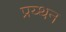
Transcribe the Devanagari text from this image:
प्रय्थन